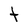
Character: t